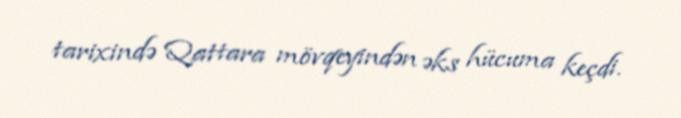
tarixində Qattara mövqeyindən əks hücuma keçdi.